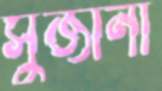
সুজানা